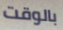
بالوقت